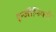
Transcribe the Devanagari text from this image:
इन्जीनियरी